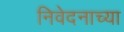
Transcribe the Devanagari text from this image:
निवेदनाच्या